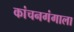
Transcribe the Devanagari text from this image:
कांचनगंगाला